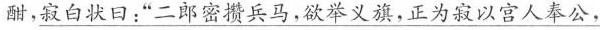
酣，\underline{寂白状口，“二郎密攒兵马，欲举义旗，正为寂以宫人奉公，}